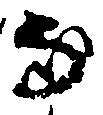
な